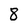
Character: 8